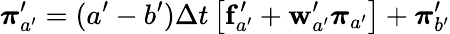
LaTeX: \boldsymbol{\pi}_{a^{\prime}}^{\prime}=(a^{\prime}-b^{\prime})\Delta t{}\left[\mathbf{f}_{a^{\prime}}^{\prime}+\mathbf{w}_{a^{\prime}}^{\prime}\boldsymbol{\pi}_{a^{\prime}}\right]+\boldsymbol{\pi}_{b^{\prime}}^{\prime}